Annual report of the Punjab Veterinary College and of the Civil Veterinary Department, Punjab - 1920-1925
Year: 1920
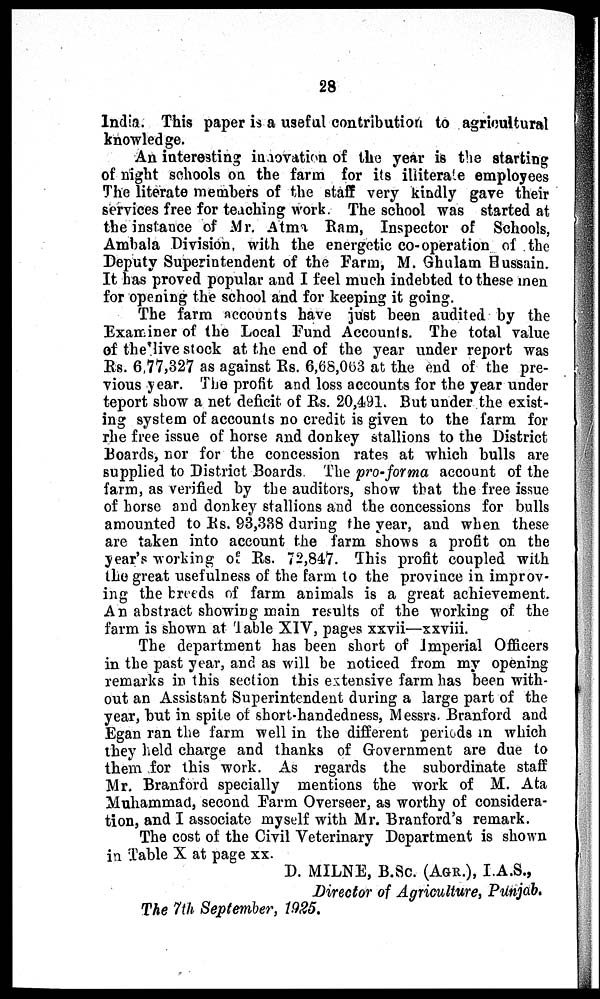
28
India. This paper is a useful contribution to agricultural
knowledge.
An interesting innovation of the year is the starting
of night schools on the farm for its illiterate employees
The literate members of the staff very kindly gave their
services free for teaching work. The school was started at
the instance of Mr. Atma Ram, Inspector of Schools,
Ambala Division, with the energetic co-operation of the
Deputy Superintendent of the Farm, M. Ghulam Hussain.
It has proved popular and I feel much indebted to these men
for opening the school and for keeping it going.
The farm accounts have just been audited by the
Examiner of the Local Fund Accounts. The total value
of the live stock at the end of the year under report was
Rs. 6,77,327 as against Rs. 6,68,063 at the end of the pre-
vious year. The profit and loss accounts for the year under
teport show a net deficit of Rs. 20,491. But under the exist-
ing system of accounts no credit is given to the farm for
the free issue of horse and donkey stallions to the District
Boards, nor for the concession rates at which bulls are
supplied to District Boards. The pro-forma account of the
farm, as verified by the auditors, show that the free issue
of horse and donkey stallions and the concessions for bulls
amounted to Rs. 93,338 during the year, and when these
are taken into account the farm shows a profit on the
year's working of Rs. 72,847. This profit coupled with
the great usefulness of the farm to the province in improv-
ing the breeds of farm animals is a great achievement.
An abstract showing main results of the working of the
farm is shown at Table XIV, pages xxvii—xxviii.
The department has been short of Imperial Officers
in the past year, and as will be noticed from my opening
remarks in this section this extensive farm has been with-
out an Assistant Superintendent during a large part of the
year, but in spite of short-handedness, Messrs. Branford and
Egan ran the farm well in the different periods in which
they held charge and thanks of Government are due to
them for this work. As regards the subordinate staff
Mr. Branford specially mentions the work of M. Ata
Muhammad, second Farm Overseer, as worthy of considera-
tion, and I associate myself with Mr. Branford's remark.
The cost of the Civil Veterinary Department is shown
in Table X at page xx.
D. MILNE, B.Sc. (AGR.), I.A.S.,
Director of Agriculture, Punjab.
The 7th September, 1925.